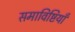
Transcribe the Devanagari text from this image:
समाविष्टियाँ